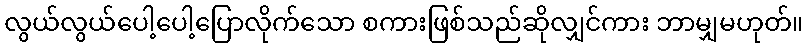
လွယ်လွယ်ပေါ့ပေါ့ပြောလိုက်သော စကားဖြစ်သည်ဆိုလျှင်ကား ဘာမျှမဟုတ်။